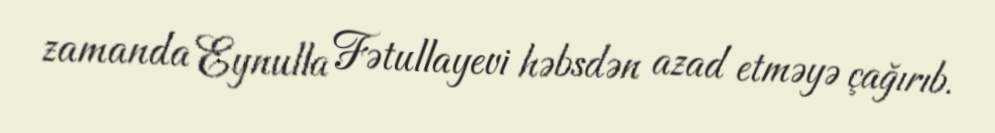
zamanda Eynulla Fətullayevi həbsdən azad etməyə çağırıb.